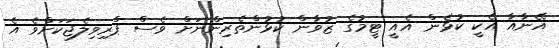
އޭނާއާ އެކީ ކުޅެން އެއީ ޓީމުގެ ޒުވާން ކުޅުންތެރިންނަށް ވެސް ޕްރިވިލެޖަކަށްވެ އެ